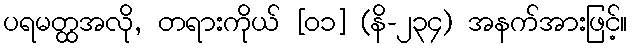
ပရမတ္ထအလို, တရားကိုယ် [၀၁] (နိ-၂၃၄) အနက်အားဖြင့်။